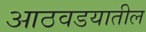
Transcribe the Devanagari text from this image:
आठवडयातील